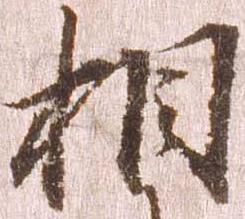
相